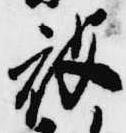
被